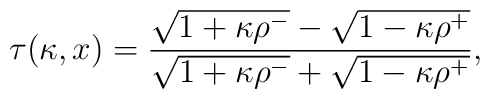
\tau (\kappa, x) = {\sqrt{1 + \kappa\rho^-} - \sqrt{1 - \kappa\rho^+}\over \sqrt{1 + \kappa\rho^-}+ \sqrt{1 - \kappa \rho^+}},